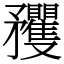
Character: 矡